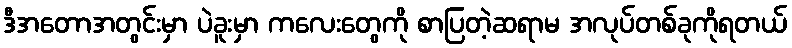
ဒီအတောအတွင်းမှာ ပဲခူးမှာ ကလေးတွေကို စာပြတဲ့ဆရာမ အလုပ်တစ်ခုကိုရတယ်